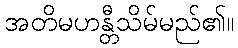
အတိမဟန္တီသိမ်မည်၏။